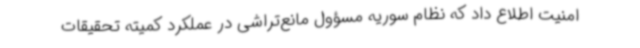
امنیت اطلاع داد که نظام سوریه مسؤول مانع‌تراشی در عملکرد کمیته تحقیقات